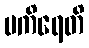
ပကိရေတိ